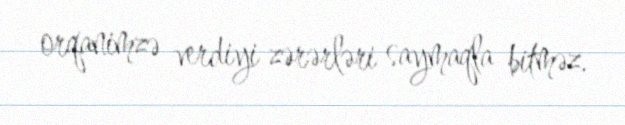
orqanimzə verdiyi zərərləri saymaqla bitməz.